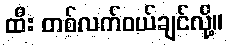
ထီး တစ်လက်ဝယ်ချင်လို့။